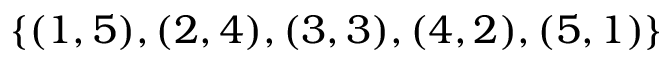
\{ ( 1 , 5 ) , ( 2 , 4 ) , ( 3 , 3 ) , ( 4 , 2 ) , ( 5 , 1 ) \}